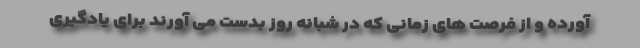
آورده و از فرصت های زمانی که در شبانه روز بدست می آورند برای یادگیری